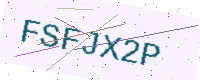
Text: FSFJX2P